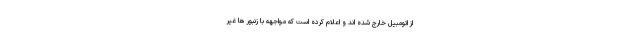
از اتومبیل خارج شده اند و اعلام کرده است که مواجهه با زنبور ها غیر